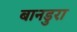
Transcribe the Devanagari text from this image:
बानडुरा